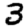
Digit: 3